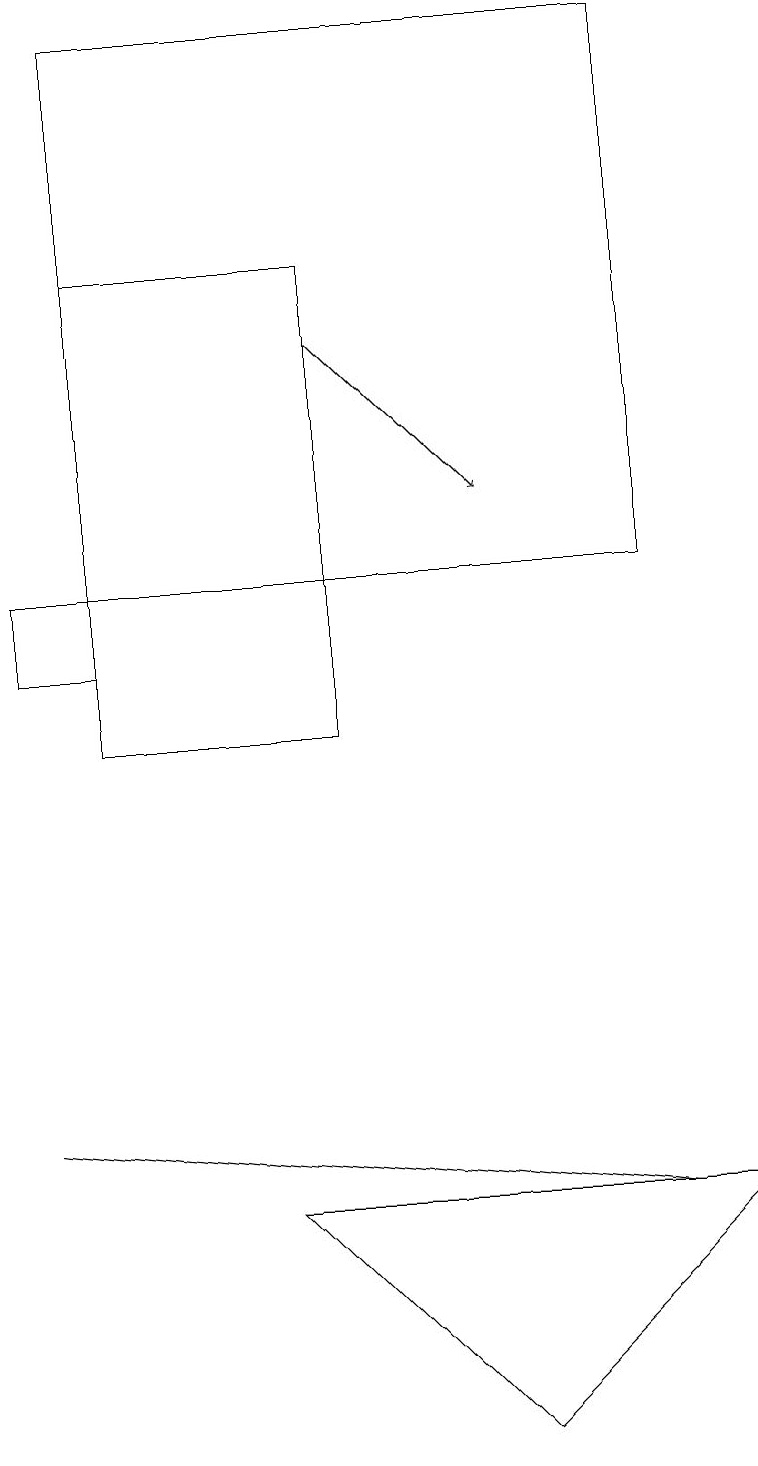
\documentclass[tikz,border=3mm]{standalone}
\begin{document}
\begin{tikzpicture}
\draw (8,12) rectangle (1,19);
\draw (0,12) rectangle (1,11);
\draw[->] (4,15) -- (6,13);
\draw (0,5) -- (8,4) -- (0,5) -- cycle;
\draw (4,16) rectangle (1,10);
\draw (3,4) -- (9,4) -- (6,1) -- cycle;
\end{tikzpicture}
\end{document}